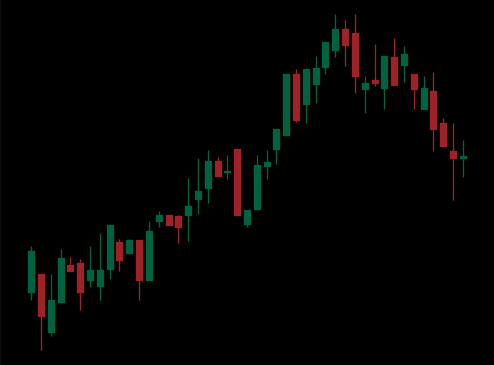
Pattern: bear_flag